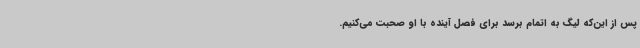
پس از این‌که لیگ به اتمام برسد برای فصل آینده با او صحبت می‌کنیم.